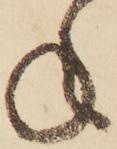
ね